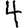
Digit: 4